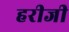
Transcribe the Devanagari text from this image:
हरीजी